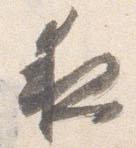
夜